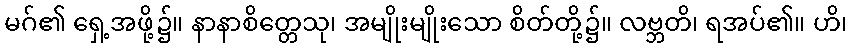
မဂ်၏ ရှေ့အဖို့၌။ နာနာစိတ္တေသု၊ အမျိုးမျိုးသော စိတ်တို့၌။ လဗ္ဘတိ၊ ရအပ်၏။ ဟိ၊